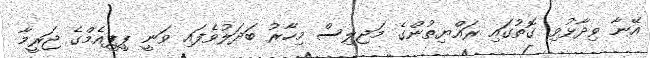
އޭނާ ވިދާޅުވި ގޮތުގައި ރައްޔިތުންގެ މަޖިލިސް މިހާރު ބަދަލުވެފައި ވަނީ ޕީޕީއެމްގެ ޖަރީމާ